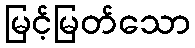
မြင့်မြတ်သော